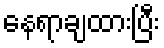
နေရာချထားပြီး